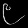
Digit: ၉